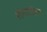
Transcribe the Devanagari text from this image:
शेंगातील